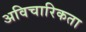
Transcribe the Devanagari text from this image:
अविचारिकता